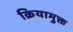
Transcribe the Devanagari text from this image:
क्रियामुक्त